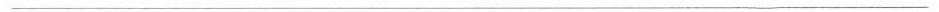
___